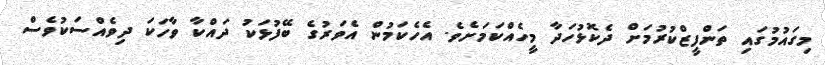
މިގައުމުގައި ތަންފީޒްކުރުމަށް ދެކޮޅުހަދާ މީހެއްކަމަށެވެ. އެހެކަމުން އެވަރުގެ ބޭފުޅަކު ދައްކާ ވާހަކަ ދިވެއްސަކުވެސް